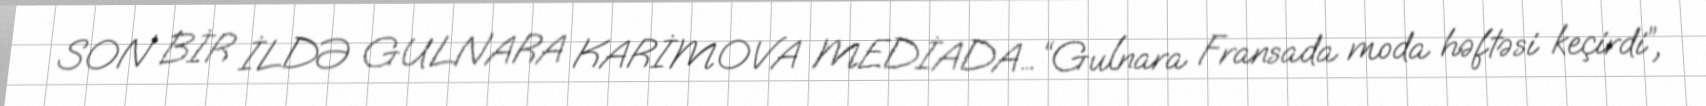
SON BİR İLDƏ GULNARA KARİMOVA MEDİADA… “Gulnara Fransada moda həftəsi keçirdi”,